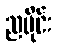
ညပိုင်း